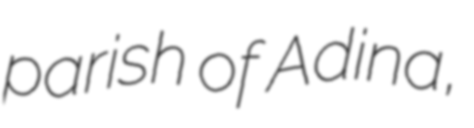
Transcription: parish of Adina,